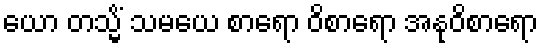
ယော တသ္မိံ သမယေ စာရော ဝိစာရော အနုဝိစာရော